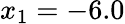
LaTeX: x_{1}=-6.0